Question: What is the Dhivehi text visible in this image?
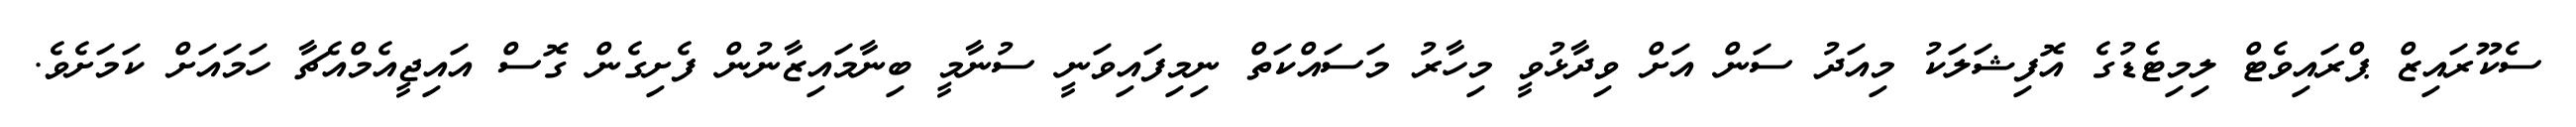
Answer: ސެކޫރައިޒް ޕްރައިވެޓް ލިމިޓެޑުގެ އޮފިޝަލަކު މިއަދު ސަން އަށް ވިދާޅުވީ މިހާރު މަސައްކަތް ނިމިފައިވަނީ ސުނާމީ ބިނާމައިޒާނުން ފެށިގެން ގޮސް އައިޖީއެމްއެޗާ ހަމައަށް ކަމަށެވެ.